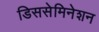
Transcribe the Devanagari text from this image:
डिससेमिनेशन